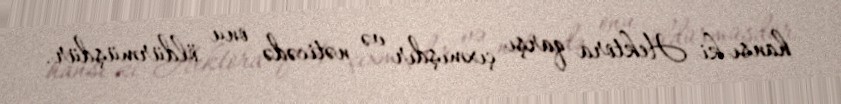
hansı ki Hektora qarşı çıxmışdır və nəticədə onu öldürmüşdür.